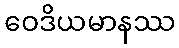
ဝေဒိယမာနဿ